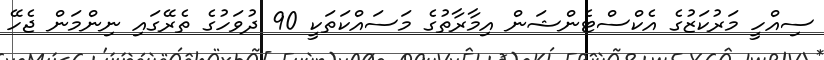
ސިއްހީ މަރުކަޒުގެ އެކްސްޓެންޝަން އިމާރާތުގެ މަސައްކަތަކީ 90 ދުވަހުގެ ތެރޭގައި ނިންމަން ޖެހޭ